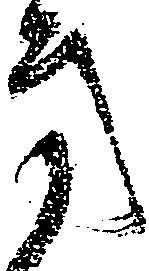
方